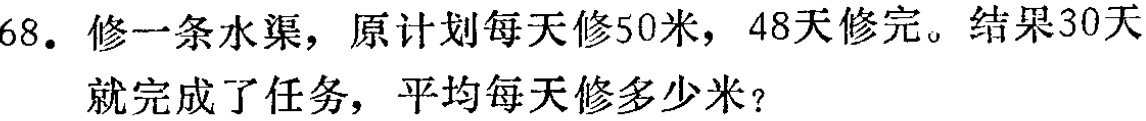
68. 修一条水渠，原计划每天修50米，48天修完。结果30天就完成了任务，平均每天修多少米？